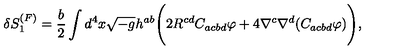
\delta S _ { 1 } ^ { ( F ) } = \frac { b } { 2 } \int d ^ { 4 } x \sqrt { - g } h ^ { a b } \Biggl ( 2 R ^ { c d } C _ { a c b d } \varphi + 4 \nabla ^ { c } \nabla ^ { d } ( C _ { a c b d } \varphi ) \Biggr ) ,